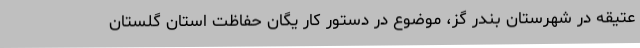
عتیقه در شهرستان بندر گز، موضوع در دستور کار یگان حفاظت استان گلستان